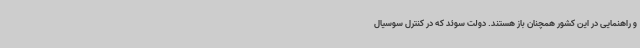
و راهنمایی در این کشور همچنان باز هستند. دولت سوئد که در کنترل سوسیال